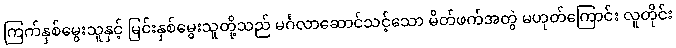
ကြက်နှစ်မွေးသူနှင့် မြင်းနှစ်မွေးသူတို့သည် မင်္ဂလာဆောင်သင့်သော မိတ်ဖက်အတွဲ မဟုတ်ကြောင်း လူတိုင်း